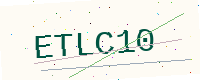
Text: ETLC10